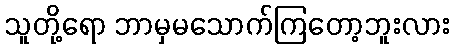
သူတို့ရော ဘာမှမသောက်ကြတော့ဘူးလား